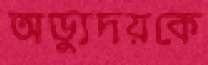
অভ্যুদয়কে